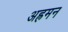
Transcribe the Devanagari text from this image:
अह्रमन